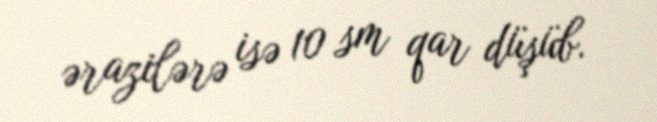
ərazilərə isə 10 sm qar düşüb.